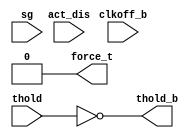
module tri_lcbor(clkoff_b, thold, sg, act_dis, force_t, thold_b);
   input      clkoff_b;
   input      thold;
   input      sg;
   input      act_dis;
   output     force_t;
   output     thold_b;

   (* analysis_not_referenced="true" *)
   wire       unused;

   assign unused = clkoff_b | sg | act_dis;

   assign force_t = 1'b0;
   assign thold_b = (~thold);
endmodule